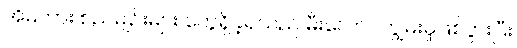
အိမ်ကား စည်မျဉ်းများ တွေရှိခဲ့ရသည် မီးလောင်ကျွမ်းမှုဖြစ်ပွားပြီး